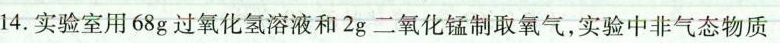
14.实验室用68g过氧化氢溶液和2g二氧化锰制取氧气，实验中非气态物质